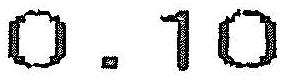
0.10